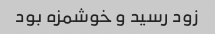
زود رسید و خوشمزه بود